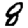
Digit: 8